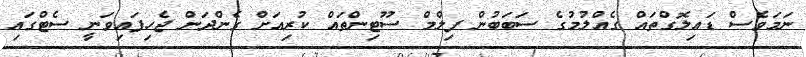
ނަމަވެސް ޑައިލޮގްތައް ގެއްލުމުގެ ސަބަބުން ފިލްމް ސޫޓިންތައް ކުރިއަށް ގެންދަން ޖެހިފައިވަނީ ސެޓްގައި